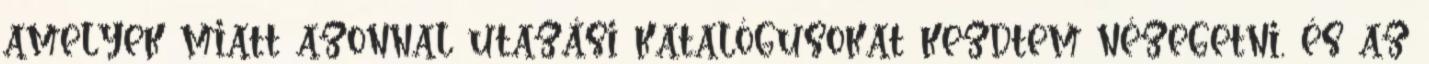
amelyek miatt azonnal utazási katalógusokat kezdtem nézegetni, és az